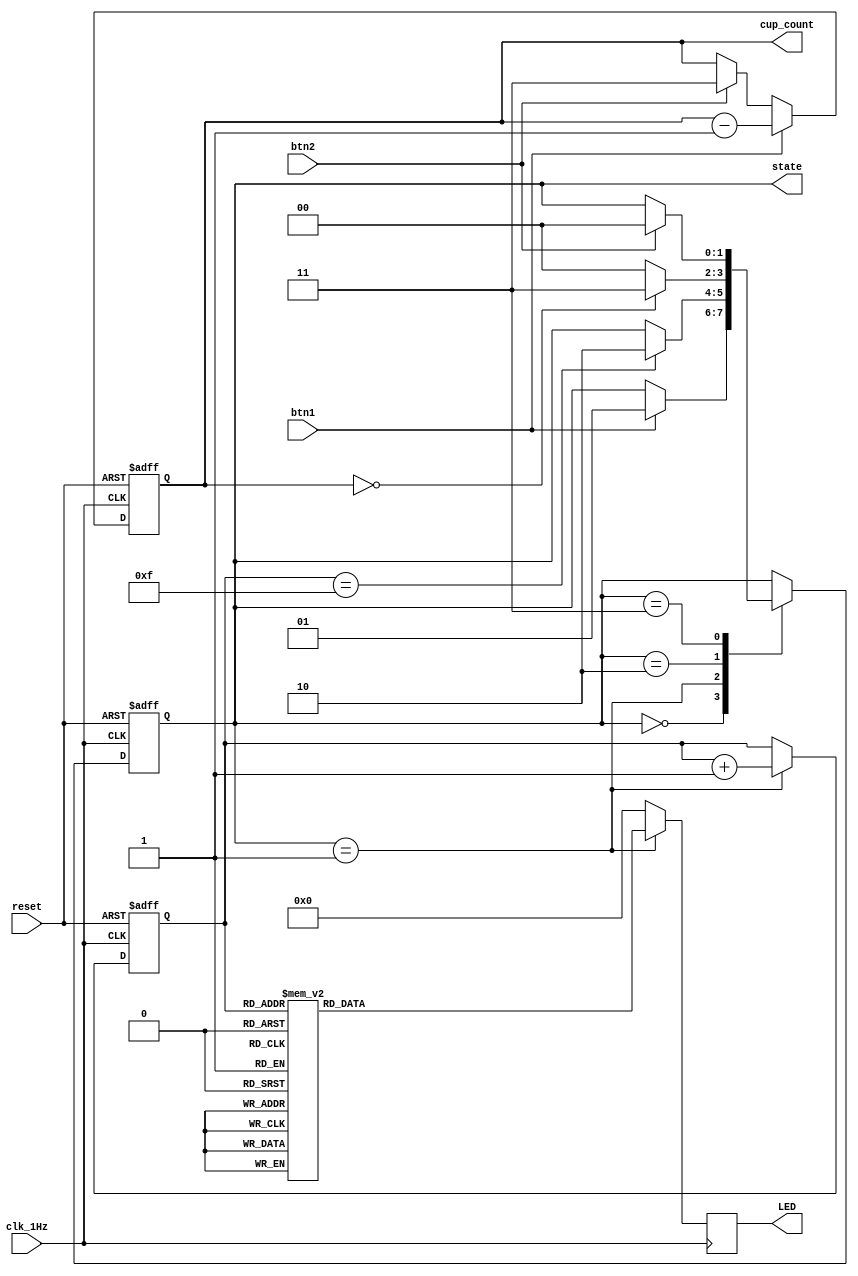
`timescale 1ns / 1ps

module state_machine(
    input clk_1Hz,          // 1Hz
    input btn1,             // btnL - make coffee
    input btn2,             // btnR - fill water
    input reset,            // btnC on BASYS 3
    output [1:0] cup_count,
    output [1:0] state,           // to seg7 control
    output [15:0] LED       // 16 LEDs on BASYS 3 
    );
    
    reg [3:0] counter;
    reg [15:0] LED_reg;
    reg [1:0] cup_count_reg;
    
    // Define state machine parameters
    parameter idle = 2'b00;
    parameter making_coffee = 2'b01;
    parameter finish = 2'b10;
    parameter need_water = 2'b11;
    
    // Define state regs
    reg [1:0] state_reg;
    
    // Define next state logic
    always @(posedge clk_1Hz or posedge reset) begin
        if(reset)
            state_reg <= idle;
        else
            case(state_reg)
                idle : if(btn1)
                            state_reg <= making_coffee;
                making_coffee : if(counter == 15)
                            state_reg <= finish;
                finish : if(cup_count == 0)
                            state_reg <= need_water;
                         else
                            state_reg <= idle;
                need_water : if(btn2)
                                state_reg <= idle;
            endcase
    end
    
    // Counter reg
    always @(posedge clk_1Hz or posedge reset) begin
        if(reset)
            counter <= 0;
        else if(state_reg == making_coffee)
            counter <= counter + 1;
    end
    
    // Cup count reg
    always @(posedge clk_1Hz or posedge reset) begin
        if(reset)
            cup_count_reg <= 3;
        else if(btn1)
            cup_count_reg <= cup_count_reg - 1;
        else if(btn2)
            cup_count_reg <= 3;
    end
    
    // LED reg
    always @(posedge clk_1Hz) begin
        if(state_reg == making_coffee)
            case(counter)
                0  : LED_reg = 16'b0000_0000_0000_0001;
                1  : LED_reg = 16'b0000_0000_0000_0011;
                2  : LED_reg = 16'b0000_0000_0000_0111;
                3  : LED_reg = 16'b0000_0000_0000_1111;
                4  : LED_reg = 16'b0000_0000_0001_1111;
                5  : LED_reg = 16'b0000_0000_0011_1111;
                6  : LED_reg = 16'b0000_0000_0111_1111;
                7  : LED_reg = 16'b0000_0000_1111_1111;
                8  : LED_reg = 16'b0000_0001_1111_1111;
                9  : LED_reg = 16'b0000_0011_1111_1111;
                10 : LED_reg = 16'b0000_0111_1111_1111;
                11 : LED_reg = 16'b0000_1111_1111_1111;
                12 : LED_reg = 16'b0001_1111_1111_1111;
                13 : LED_reg = 16'b0011_1111_1111_1111;
                14 : LED_reg = 16'b0111_1111_1111_1111;
                15 : LED_reg = 16'b1111_1111_1111_1111;
            endcase
        else
            LED_reg = 16'b0000_0000_0000_0000;      
    end
    
    assign LED = LED_reg;
    assign state = state_reg;
    assign cup_count = cup_count_reg;
    
endmodule